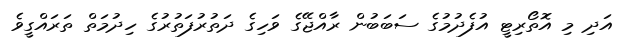
އަދި މި އޮތޯރިޓީ އުފެދުމުގެ ސަބަބުން ރާއްޖޭގެ ވަހިގެ ދަތުރުފަތުރުގެ ހިދުމަތް ތަރައްގީވެ